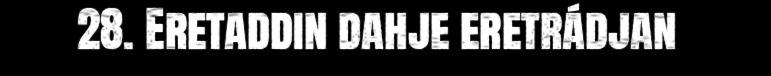
28. Eretaddin dahje eretrádjan